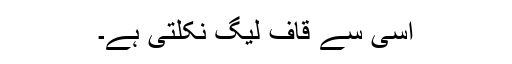
اسی سے قاف لیگ نکلتی ہے۔